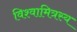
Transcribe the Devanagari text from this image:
विश्वामित्रस्य